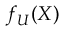
f _ { U } ( X )